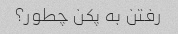
رفتن به پکن چطور؟